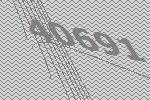
40691